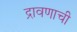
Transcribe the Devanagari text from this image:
द्रावणाची